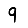
Digit: 9